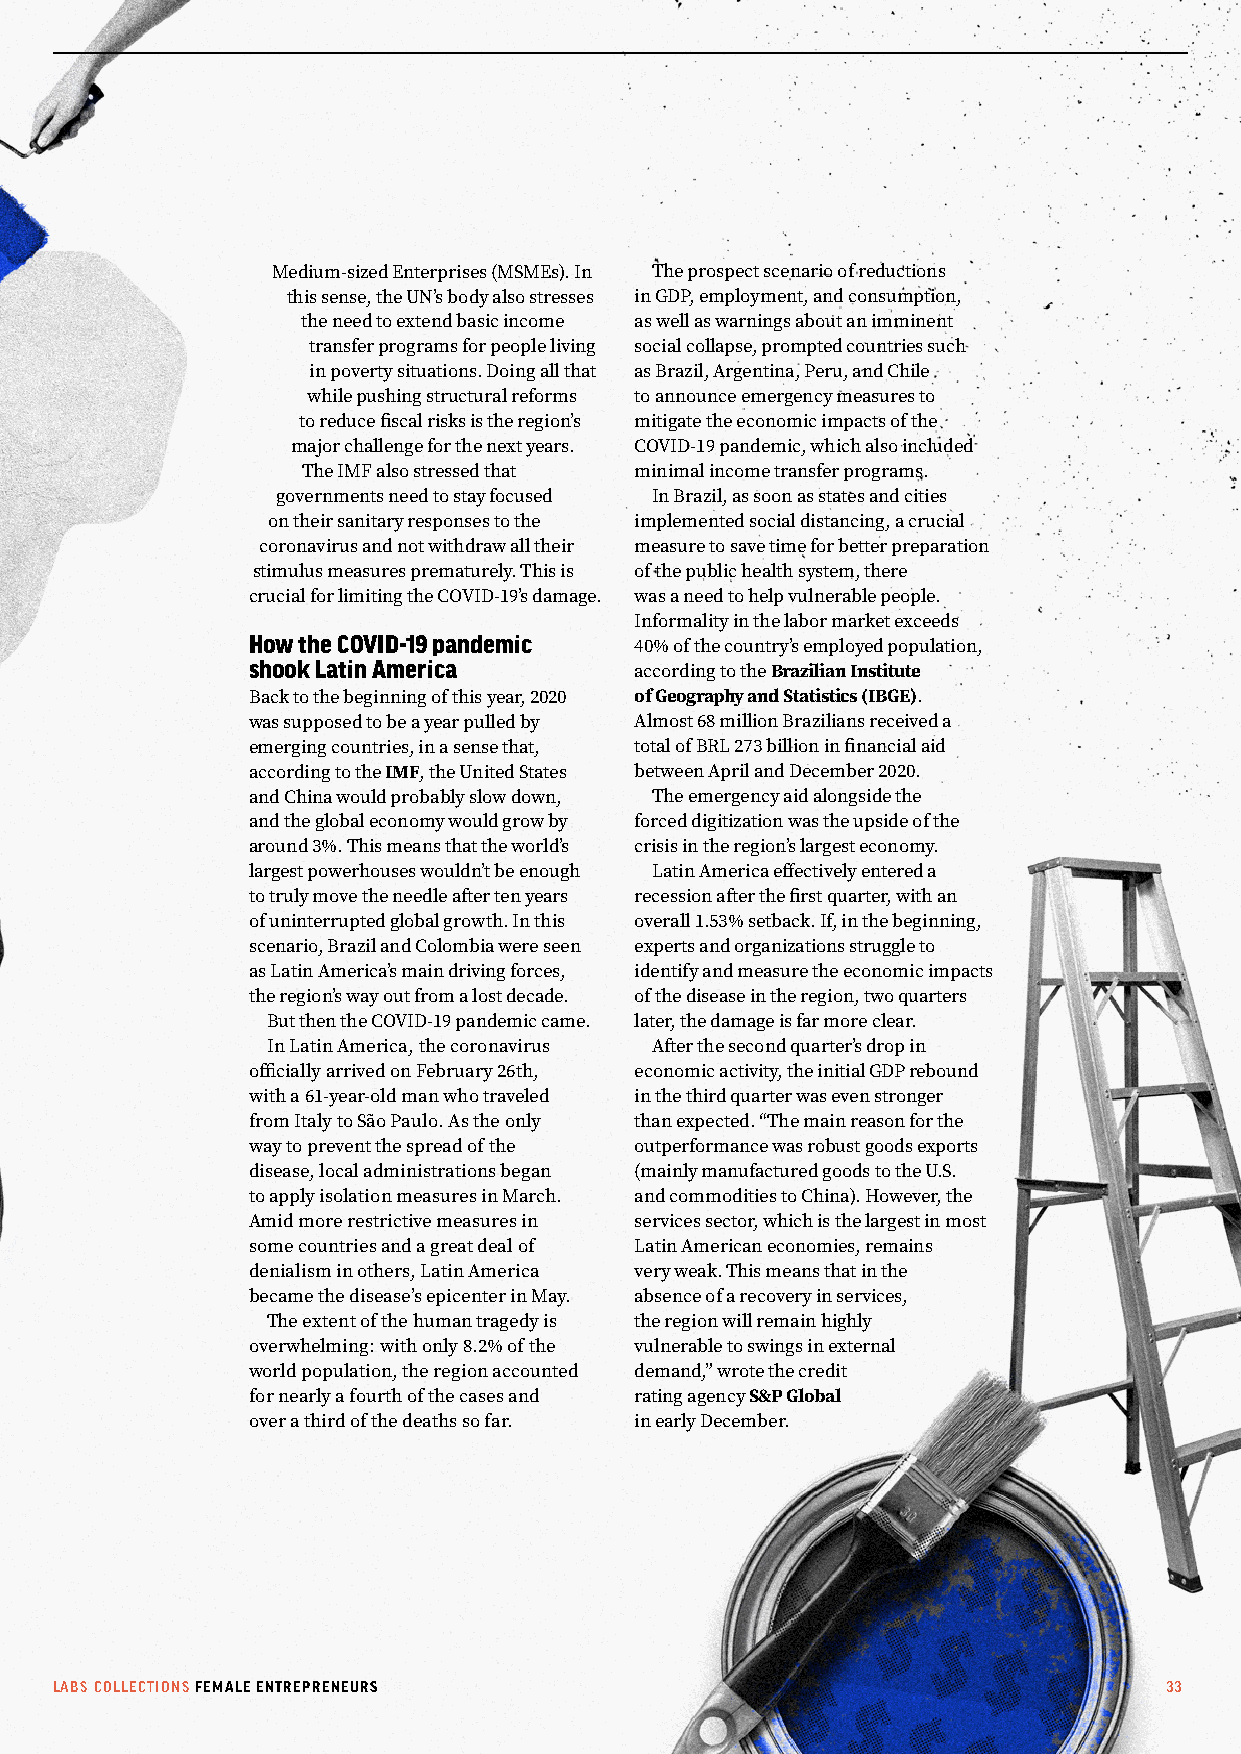
Medium-sized Enterprises (MSMEs). In The prospect scenario of reductions
 this sense, the UN’s body also stresses in GDP, employment, and consumption,
 the need to extend basic income as well as warnings about an imminent
 transfer programs for people living social collapse, prompted countries such
 in poverty situations. Doing all that as Brazil, Argentina, Peru, and Chile
 while pushing structural reforms to announce emergency measures to
 to reduce fiscal risks is the region’s mitigate the economic impacts of the
 major challenge for the next years. COVID-19 pandemic, which also included
 The IMF also stressed that minimal income transfer programs.
 governments need to stay focused In Brazil, as soon as states and cities
 on their sanitary responses to the implemented social distancing, a crucial
 coronavirus and not withdraw all their measure to save time for better preparation
 stimulus measures prematurely. This is of the public health system, there
 crucial for limiting the COVID-19’s damage. was a need to help vulnerable people.
 Informality in the labor market exceeds
 How the COVID-19 pandemic
 40% of the country’s employed population,
 shook Latin America
 according to the Brazilian Institute
 Back to the beginning of this year, 2020 of Geography and Statistics (IBGE).
 was supposed to be a year pulled by Almost 68 million Brazilians received a
 emerging countries, in a sense that, total of BRL 273 billion in financial aid
 according to the IMF, the United States between April and December 2020.
 and China would probably slow down, The emergency aid alongside the
 and the global economy would grow by forced digitization was the upside of the
 around 3%. This means that the world’s crisis in the region’s largest economy.
 largest powerhouses wouldn’t be enough Latin America effectively entered a
 to truly move the needle after ten years recession after the first quarter, with an
 of uninterrupted global growth. In this overall 1.53% setback. If, in the beginning,
 scenario, Brazil and Colombia were seen experts and organizations struggle to
 as Latin America’s main driving forces, identify and measure the economic impacts
 the region’s way out from a lost decade. of the disease in the region, two quarters
 But then the COVID-19 pandemic came. later, the damage is far more clear.
 In Latin America, the coronavirus After the second quarter’s drop in
 officially arrived on February 26th, economic activity, the initial GDP rebound
 with a 61-year-old man who traveled in the third quarter was even stronger
 from Italy to São Paulo. As the only than expected. “The main reason for the
 way to prevent the spread of the outperformance was robust goods exports
 disease, local administrations began (mainly manufactured goods to the U.S.
 to apply isolation measures in March. and commodities to China). However, the
 Amid more restrictive measures in services sector, which is the largest in most
 some countries and a great deal of Latin American economies, remains
 denialism in others, Latin America very weak. This means that in the
 became the disease’s epicenter in May. absence of a recovery in services,
 The extent of the human tragedy is the region will remain highly
 overwhelming: with only 8.2% of the vulnerable to swings in external
 world population, the region accounted demand,” wrote the credit
 for nearly a fourth of the cases and rating agency S&P Global
 over a third of the deaths so far. in early December.
 LABS COLLECTIONS FEMALE ENTREPRENEURS                                     33